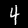
Digit: 4